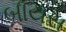
બાયસ